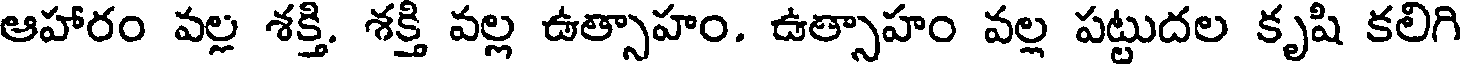
ఆహారం వల్ల శక్తి. శక్తి వల్ల ఉత్సాహం. ఉత్సాహం వల్ల పట్టుదల కృషి కలిగి